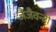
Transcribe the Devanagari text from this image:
जैजैवन्ती